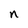
Character: n